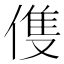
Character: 𬿈